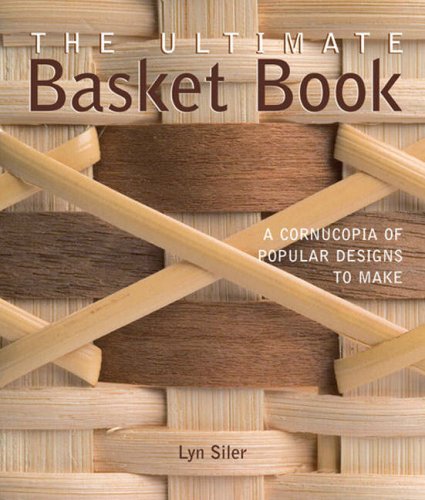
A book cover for The Ultimate Basket Book: A Cornucopia of Popular Designs to Make; Lyn Siler; Crafts, Hobbies & Home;